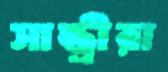
সান্ত্রীরা